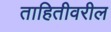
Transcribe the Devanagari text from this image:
ताहितीवरील